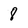
Character: 8